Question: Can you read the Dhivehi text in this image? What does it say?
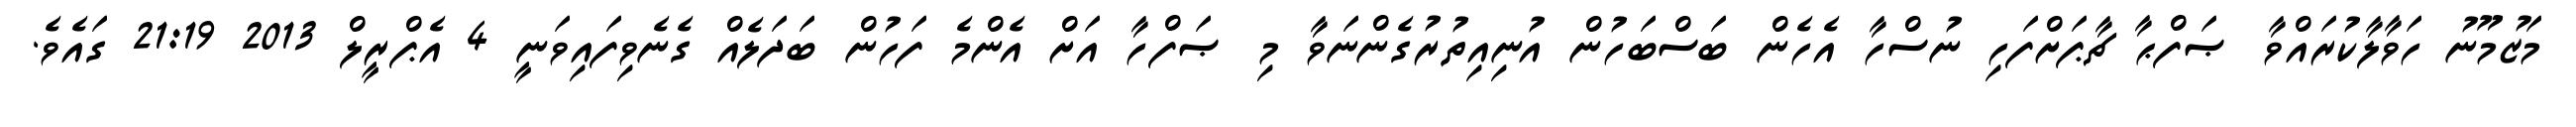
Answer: މަޒުމޫނު ހަވާލާކުރައްވާ ޞަފްޙާ ޗާޕަށްފަހި ނުސްހާ އެހެން ބަސްބަހުން އުނިއިތުރުގެންނަވާ މި ޞަފްހާ އަށް އެންމެ ފަހުން ބަދަލެއް ގެނެވިފައިވަނީ 4 އެޕްރީލް 2013 21:19 ގައެވެ.